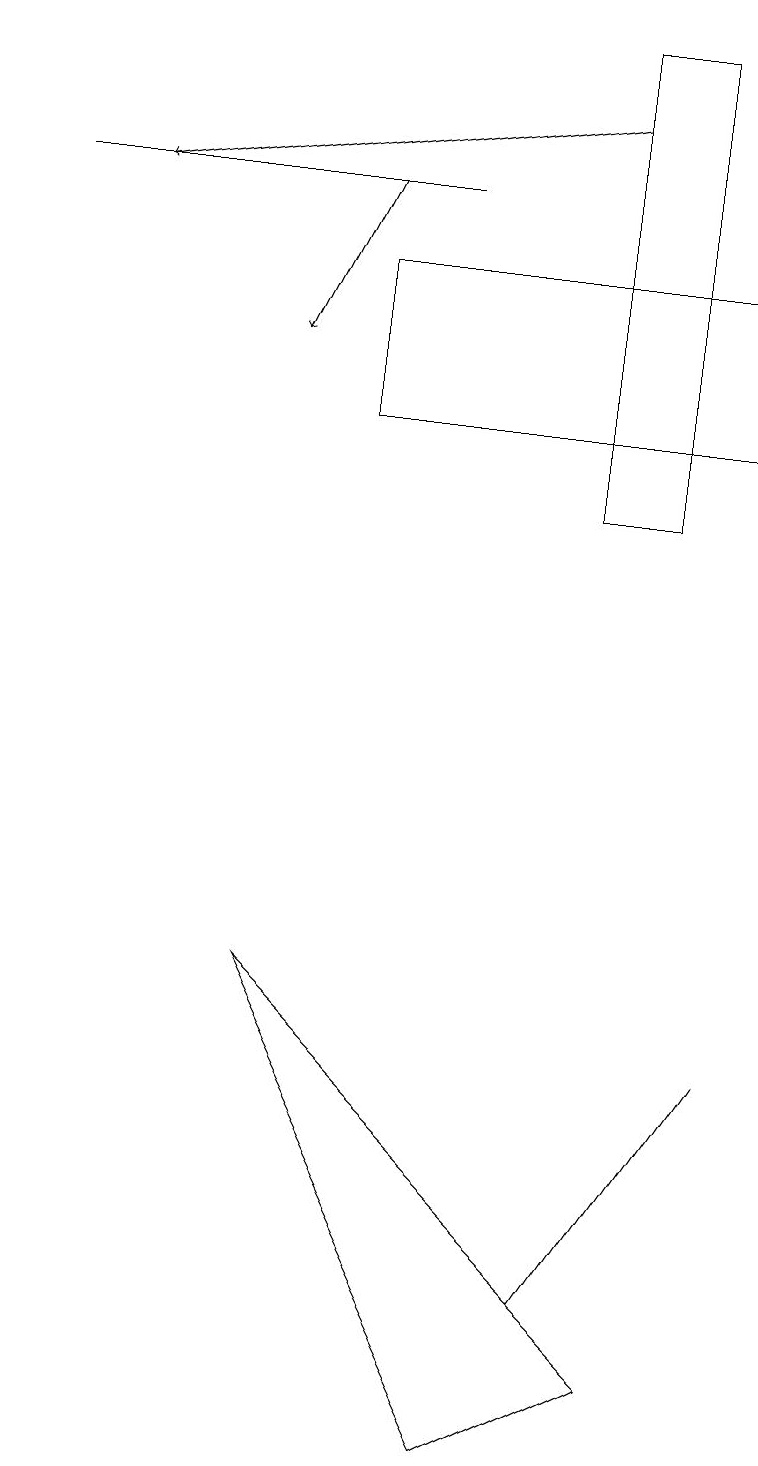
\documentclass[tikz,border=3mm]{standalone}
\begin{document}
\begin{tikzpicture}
\draw (4,14) rectangle (9,16);
\draw[->] (7,18) -- (1,17);
\draw (7,19) rectangle (8,13);
\draw (7,3) -- (9,6) -- (7,3) -- cycle;
\draw[->] (4,17) -- (3,15);
\draw (5,17) rectangle (0,17);
\draw (3,7) -- (8,2) -- (6,1) -- cycle;
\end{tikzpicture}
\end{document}